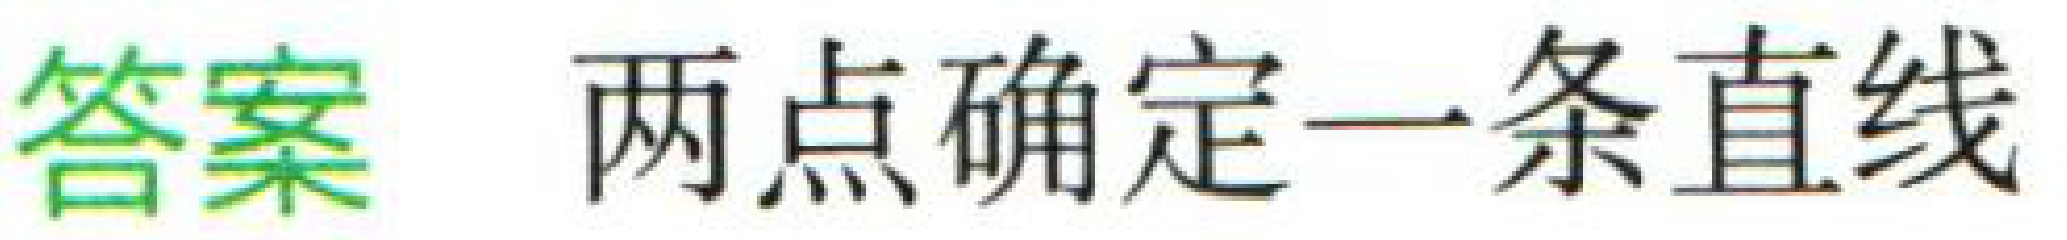
答案 两点确定一条直线